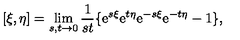
[ \xi , \eta ] = \lim _ { s , t \rightarrow 0 } \frac { 1 } { s t } \{ \mathrm { e } ^ { s \xi } \mathrm { e } ^ { t \eta } \mathrm { e } ^ { - s \xi } \mathrm { e } ^ { - t \eta } - 1 \} ,